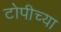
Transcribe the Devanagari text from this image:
टोपीच्या